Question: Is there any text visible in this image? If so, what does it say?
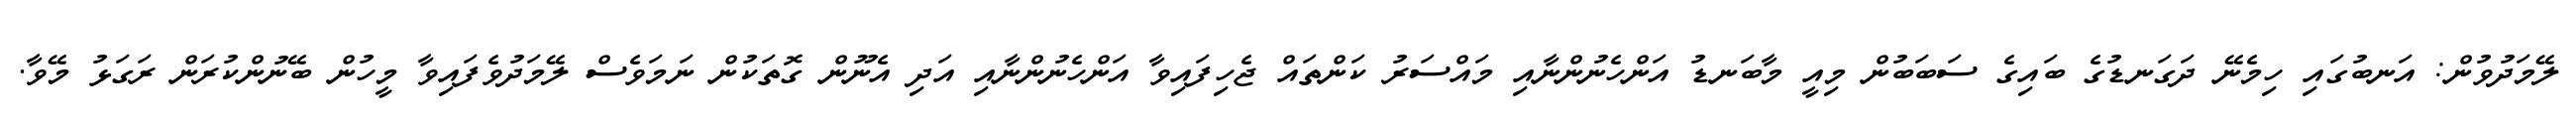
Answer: ލޭމަދުވުން: އަނބުގައި ހިމެނޭ ދަގަނޑުގެ ބައިގެ ސަބަބުން މިއީ މާބަނޑު އަންހެނުންނާއި މައްސަރު ކަންތައް ޖެހިފައިވާ އަންހެނުންނާއި އަދި އެނޫން ގޮތަކުން ނަމަވެސް ލޭމަދުވެފައިވާ މީހުން ބޭނުންކުރަން ރަގަޅު މޭވާ.